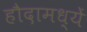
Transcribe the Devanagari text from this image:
हौदामध्यें